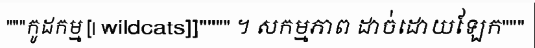
"""កូដកម្ម [| wildcats]]"""" ។ សកម្មភាព ដាច់ដោយឡែក"""